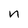
Character: n